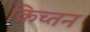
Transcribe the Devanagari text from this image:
क्रिच्तन